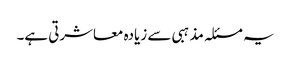
یہ مسئلہ مذہبی سے زیادہ معاشرتی ہے۔